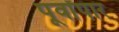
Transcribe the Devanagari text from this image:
पूर्वांपार